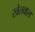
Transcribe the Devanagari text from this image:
खेतवाल